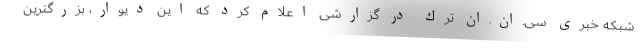
شبكه خبری سی.ان.ان ترك در گزارشی اعلام كرد كه این دیوار، بزرگترین